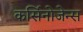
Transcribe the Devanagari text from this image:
कर्सिनोजेन्स